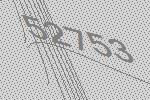
52753